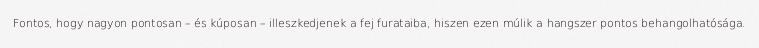
Fontos, hogy nagyon pontosan – és kúposan – illeszkedjenek a fej furataiba, hiszen ezen múlik a hangszer pontos behangolhatósága.